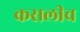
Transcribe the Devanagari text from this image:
कसलीच